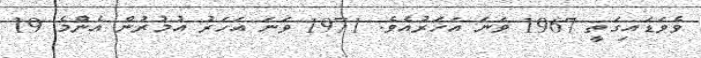
ވެވަޑައިގަތީ 1967 ވަނަ އަހަރުއެވެ. 1971 ވަނަ އަހަރު އުމުރުން އެންމެ 19